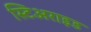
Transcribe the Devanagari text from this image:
स्टिअराइड